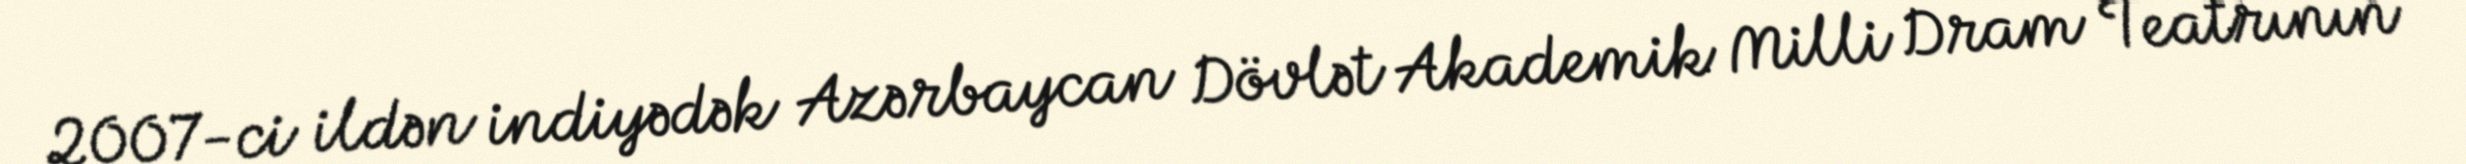
2007-ci ildən indiyədək Azərbaycan Dövlət Akademik Milli Dram Teatrının